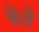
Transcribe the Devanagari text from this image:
फेते